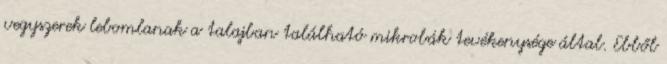
vegyszerek lebomlanak a talajban található mikrobák tevékenysége által. Ebből